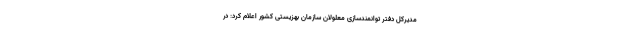
مدیرکل دفتر توانمندسازی معلولان سازمان بهزیستی کشور اعلام کرد: در